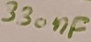
Text: 330nF